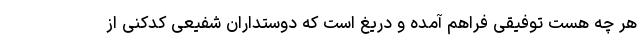
هر چه هست توفیقی فراهم آمده و دریغ است که دوستداران شفیعی کدکنی از